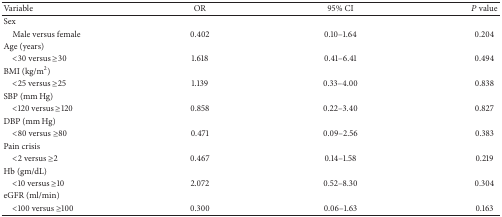
| Variable | OR | 95% CI | P value |
 | --- | --- | --- | --- |
 | Sex |  |  |  |
 | Male versus female | 0.402 | 0.10–1.64 | 0.204 |
 | Age (years) |  |  |  |
 | <30 versus ≥30 | 1.618 | 0.41–6.41 | 0.494 |
 | BMI (kg/m2) |  |  |  |
 | <25 versus ≥25 | 1.139 | 0.33–4.00 | 0.838 |
 | SBP (mm Hg) |  |  |  |
 | <120 versus ≥120 | 0.858 | 0.22–3.40 | 0.827 |
 | DBP (mm Hg) |  |  |  |
 | <80 versus ≥80 | 0.471 | 0.09–2.56 | 0.383 |
 | Pain crisis |  |  |  |
 | <2 versus ≥2 | 0.467 | 0.14–1.58 | 0.219 |
 | Hb (gm/dL) |  |  |  |
 | <10 versus ≥10 | 2.072 | 0.52–8.30 | 0.304 |
 | eGFR (ml/min) |  |  |  |
 | <100 versus ≥100 | 0.300 | 0.06–1.63 | 0.163 |